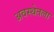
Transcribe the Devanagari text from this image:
अवस्थेतला